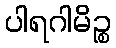
ပါရဂါမိဉ္စ